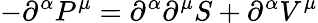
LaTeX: -\partial^{\alpha}P^{\mu}=\partial^{\alpha}\partial^{\mu}S+\partial^{\alpha}V^{\mu}